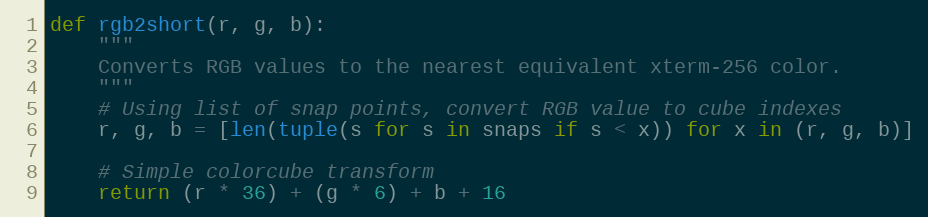
Language: Python
def rgb2short(r, g, b):
    """
    Converts RGB values to the nearest equivalent xterm-256 color.
    """
    # Using list of snap points, convert RGB value to cube indexes
    r, g, b = [len(tuple(s for s in snaps if s < x)) for x in (r, g, b)]

    # Simple colorcube transform
    return (r * 36) + (g * 6) + b + 16